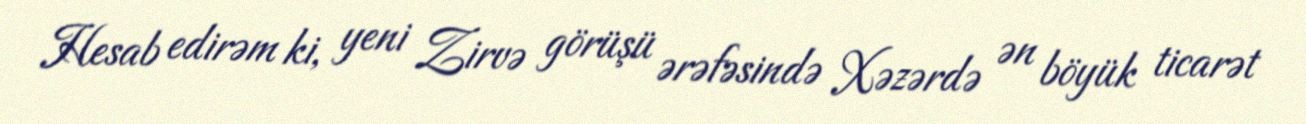
Hesab edirəm ki, yeni Zirvə görüşü ərəfəsində Xəzərdə ən böyük ticarət